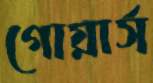
গোয়ার্স